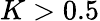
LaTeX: K>0.5